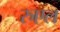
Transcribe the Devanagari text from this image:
रुएल